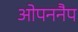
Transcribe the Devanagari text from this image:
ओपननैप